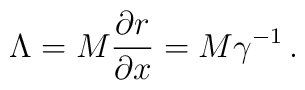
\Lambda = M \frac{\partial r}{\partial x} = M \gamma^{-1} \,.